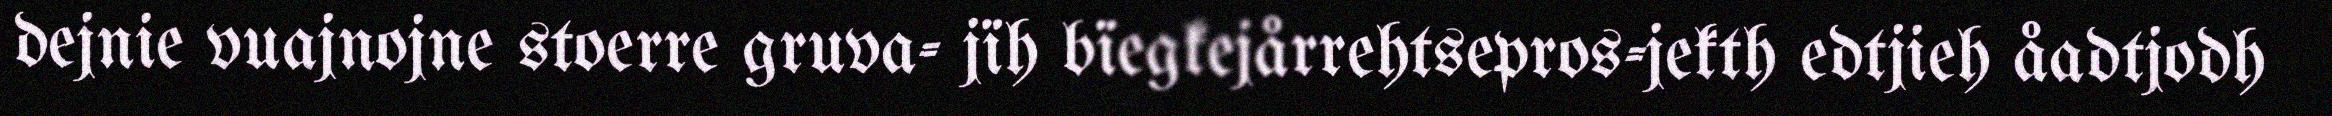
dejnie vuajnojne stoerre gruva- jïh bïegkejårrehtsepros-jekth edtjieh åadtjodh